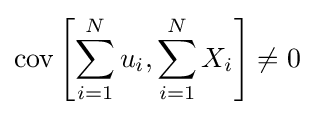
\operatorname {cov} \left[\sum _{i=1}^{N}u_{i},\sum _{i=1}^{N}X_{i}\right]\neq 0